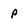
Character: p